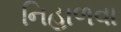
નિહાળવા